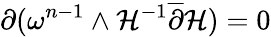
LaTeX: {\partial}(\omega^{n-1}\wedge\mathcal{H}^{-1}\overline{{{{\partial}}}}\mathcal{H})=0